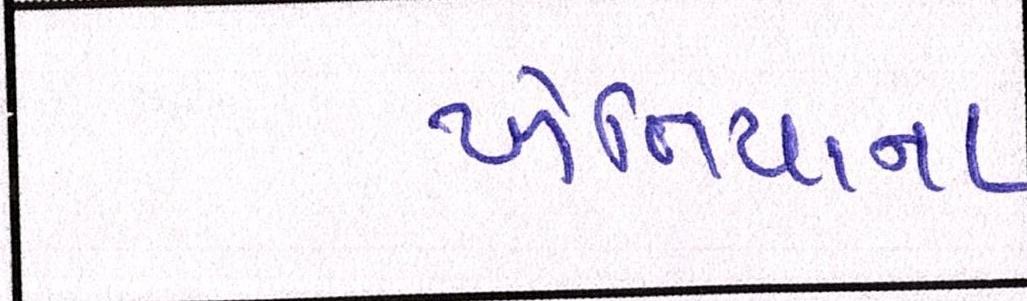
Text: ખેતિયાના